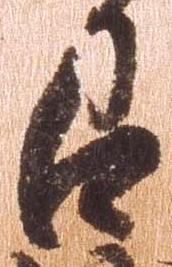
召